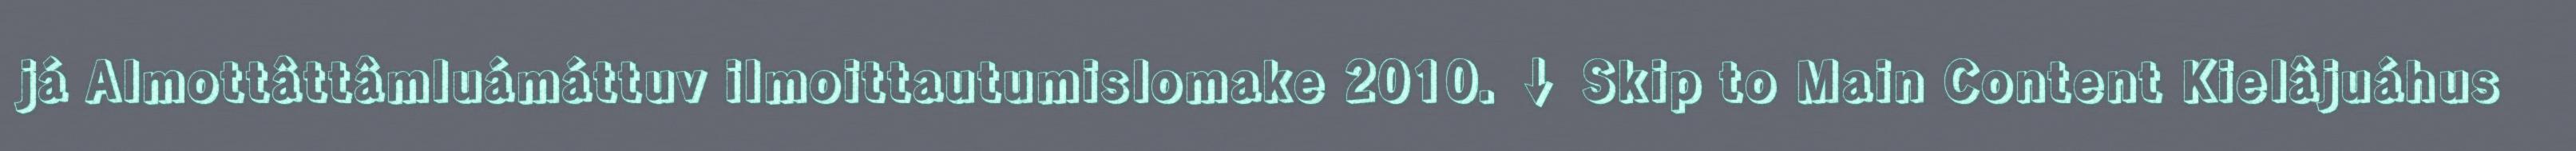
já Almottâttâmluámáttuv ilmoittautumislomake 2010. ↓ Skip to Main Content Kielâjuáhus